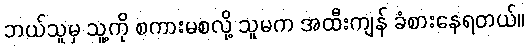
ဘယ်သူမှ သူ့ကို စကားမစလို့ သူမက အထီးကျန် ခံစားနေရတယ်။